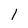
Character: I